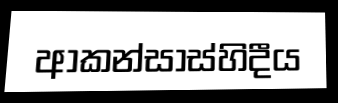
ආකන්සාස්හිදීය